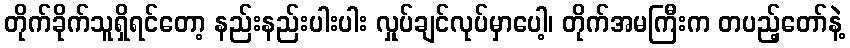
တိုက်ခိုက်သူရှိရင်တော့ နည်းနည်းပါးပါး လှုပ်ချင်လုပ်မှာပေါ့၊ တိုက်အမကြီးက တပည့်တော်နဲ့